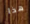
هذا